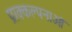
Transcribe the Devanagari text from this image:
प्राक्कल्पनाओं